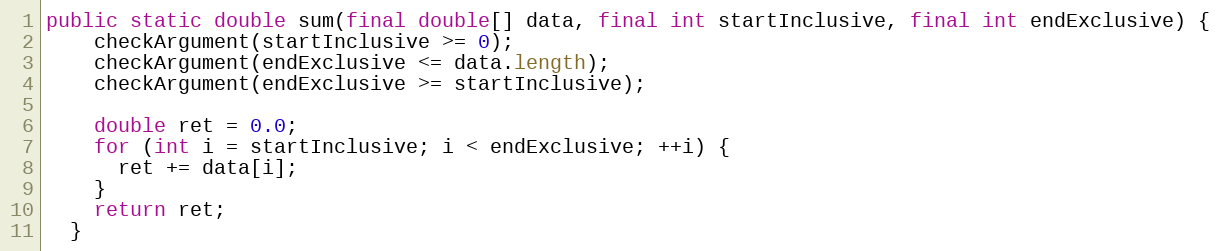
Language: Java
public static double sum(final double[] data, final int startInclusive, final int endExclusive) {
    checkArgument(startInclusive >= 0);
    checkArgument(endExclusive <= data.length);
    checkArgument(endExclusive >= startInclusive);

    double ret = 0.0;
    for (int i = startInclusive; i < endExclusive; ++i) {
      ret += data[i];
    }
    return ret;
  }